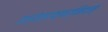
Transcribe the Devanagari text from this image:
इत्येतदक्षरमिदम्